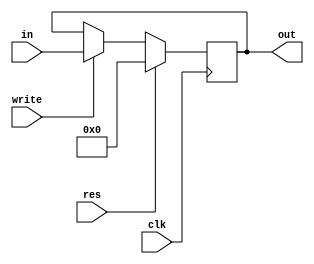
`timescale 1ns / 1ps
//////////////////////////////////////////////////////////////////////////////////
// Company: 
// Engineer: 
// 
// Design Name: 
// Module Name: PC
// Project Name: 
// Target Devices: 
// Tool Versions: 
// Description: 
// 
// Dependencies: 
// 
// Revision:
// Revision 0.01 - File Created
// Additional Comments:
// 
//////////////////////////////////////////////////////////////////////////////////


module PC(
    input clk, res, write,
    input [31:0] in,
    output reg [31:0] out);
       
    always @(posedge clk) 
    begin
        if (res) 
            out = 0;
        else if (write)
            out = in;
    end
endmodule